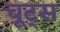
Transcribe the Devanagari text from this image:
चूट्स